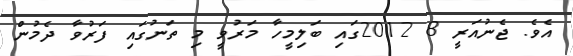
އެވެ. ޖެނުއަރީ 8 2012ގައި ބަލިމީހާ މަރުވީ މި ތަނުގައި ފަރުވާ ދެމުން